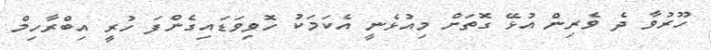
ހޫރުވާ ދެ ވެރިން އުޅޭ ގޮތަށް މިއުޅެނީ އެކަމަކު ހޮވިވަޑައިގެންފަ ހުރީ އިބްރާހިމް